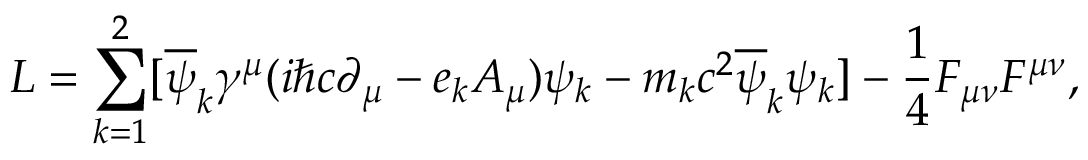
{ \cal L } = \sum _ { k = 1 } ^ { 2 } [ \overline { { { \psi } } } _ { k } { \gamma } ^ { \mu } ( i { \hbar } c { \partial } _ { \mu } - e _ { k } A _ { \mu } ) { \psi } _ { k } - m _ { k } c ^ { 2 } \overline { { { \psi } } } _ { k } { \psi } _ { k } ] - \frac { 1 } { 4 } F _ { \mu \nu } F ^ { \mu \nu } ,